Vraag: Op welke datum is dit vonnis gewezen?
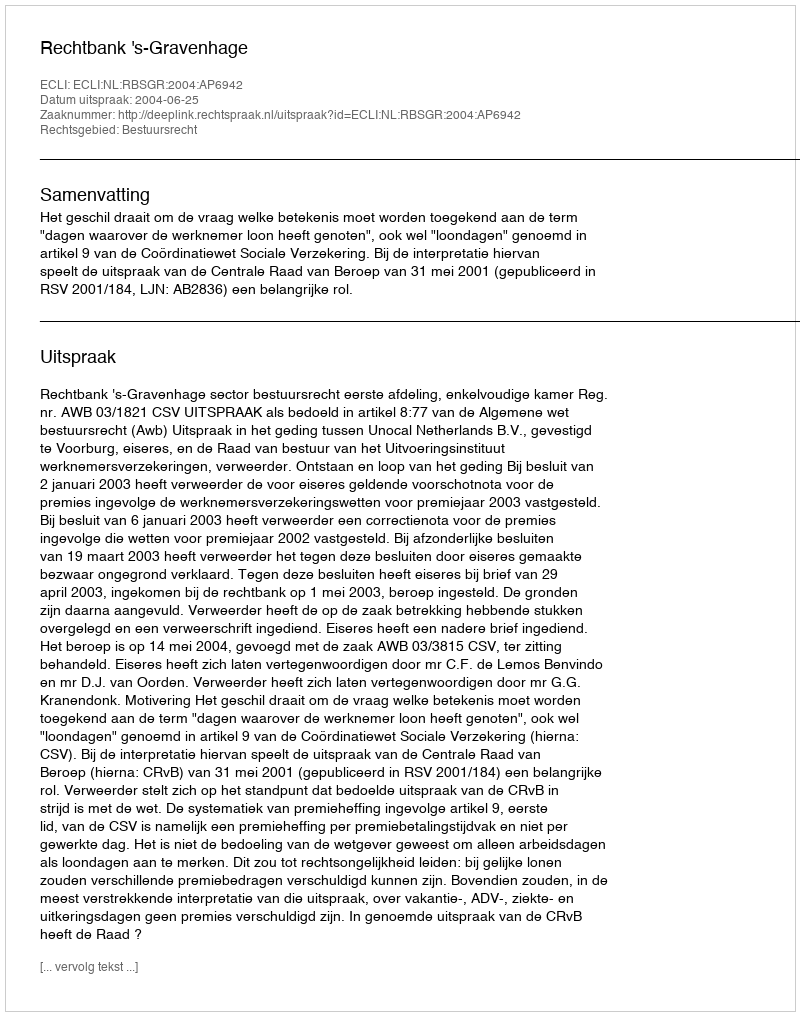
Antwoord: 2004-06-25